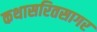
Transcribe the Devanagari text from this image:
कथासरितसागर